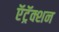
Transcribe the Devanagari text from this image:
ऍट्रॅक्शन